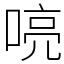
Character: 喨